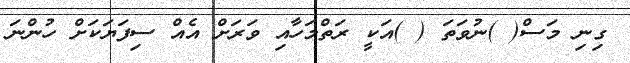
ގިނި މަސް( )ނުވަތަ ( )އަކީ ރަތްމަހާއި ވަރަށް އެއް ސިފަޔަކަށް ހުންނަ